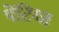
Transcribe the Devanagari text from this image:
पेंटिग्ज